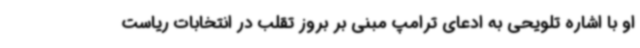
او با اشاره تلویحی به ادعای ترامپ مبنی بر بروز تقلب در انتخابات ریاست